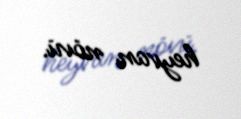
heyvan növü.